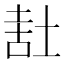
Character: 𰉷